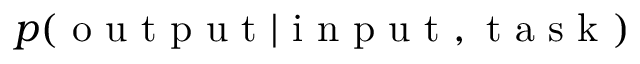
p ( \textrm { o u t p u t } | \textrm { i n p u t } , \textrm { t a s k } )